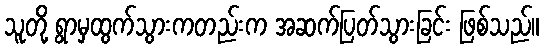
သူတို့ ရွာမှထွက်သွားကတည်းက အဆက်ပြတ်သွားခြင်း ဖြစ်သည်။